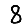
Digit: 8